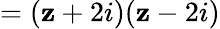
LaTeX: =(\mathbf{z}+2i)(\mathbf{z}-2i)